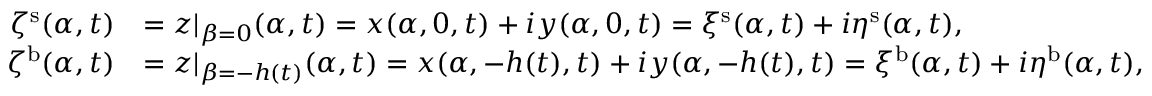
\begin{array} { r l } { \zeta ^ { \mathrm { s } } ( \alpha , t ) } & { = z | _ { \beta = 0 } ( \alpha , t ) = x ( \alpha , 0 , t ) + i y ( \alpha , 0 , t ) = \xi ^ { \mathrm { s } } ( \alpha , t ) + i \eta ^ { \mathrm { s } } ( \alpha , t ) , } \\ { \zeta ^ { \mathrm { b } } ( \alpha , t ) } & { = z | _ { \beta = - h ( t ) } ( \alpha , t ) = x ( \alpha , - h ( t ) , t ) + i y ( \alpha , - h ( t ) , t ) = \xi ^ { \mathrm { b } } ( \alpha , t ) + i \eta ^ { \mathrm { b } } ( \alpha , t ) , } \end{array}